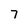
Character: 7